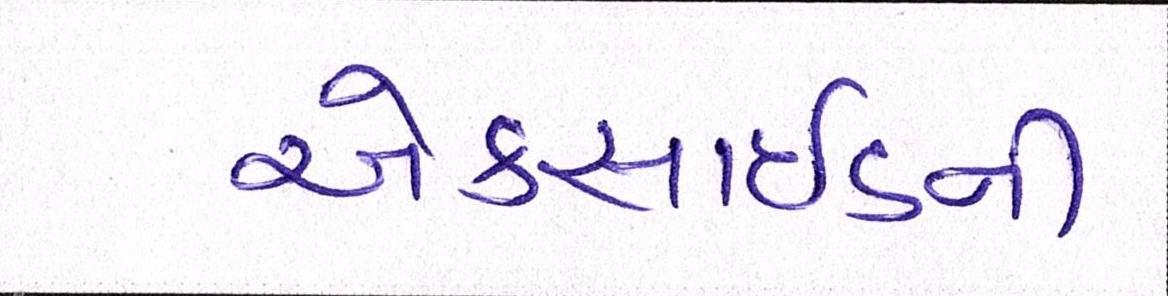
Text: એક્સાઇડની